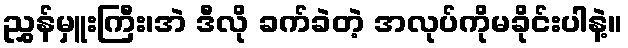
ညွှန်မှူးကြီး၊အဲ ဒီလို ခက်ခဲတဲ့ အလုပ်ကိုမခိုင်းပါနဲ့။